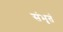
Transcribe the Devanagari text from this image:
संभृतं